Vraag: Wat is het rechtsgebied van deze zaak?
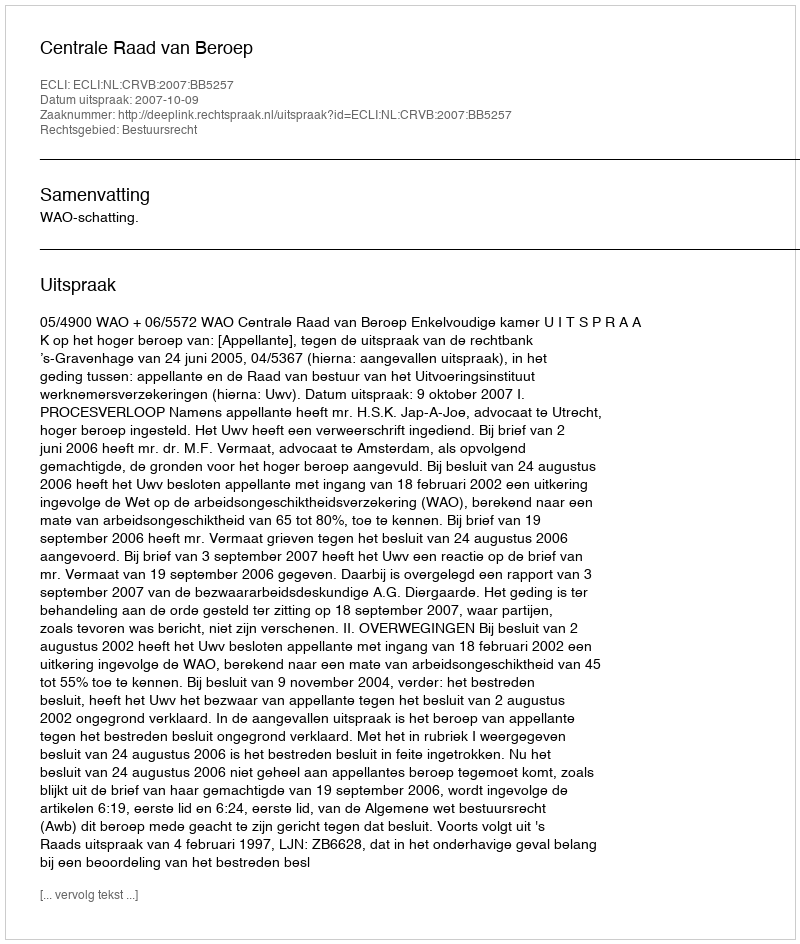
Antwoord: Bestuursrecht